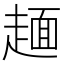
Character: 𧼸